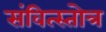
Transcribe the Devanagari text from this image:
संवित्स्तोत्र